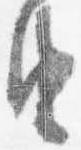
由